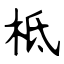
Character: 柢